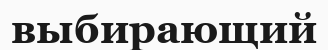
выбирающий